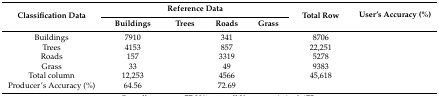
<table><thead><tr><td rowspan="2"><b>Classification Data</b></td><td colspan="4"><b>Reference Data</b></td><td rowspan="2"><b>Total Row</b></td><td rowspan="2"><b>User’s Accuracy (%)</b></td></tr><tr><td><b>Buildings</b></td><td><b>Trees</b></td><td><b>Roads</b></td><td><b>Grass</b></td></tr></thead><tbody><tr><td>Buildings</td><td>7910</td><td>[EMPTY_CELL]</td><td>341</td><td>[EMPTY_CELL]</td><td>8706</td><td>[EMPTY_CELL]</td></tr><tr><td>Trees</td><td>4153</td><td>[EMPTY_CELL]</td><td>857</td><td>[EMPTY_CELL]</td><td>22,251</td><td>[EMPTY_CELL]</td></tr><tr><td>Roads</td><td>157</td><td>[EMPTY_CELL]</td><td>3319</td><td>[EMPTY_CELL]</td><td>5278</td><td>[EMPTY_CELL]</td></tr><tr><td>Grass</td><td>33</td><td>[EMPTY_CELL]</td><td>49</td><td>[EMPTY_CELL]</td><td>9383</td><td>[EMPTY_CELL]</td></tr><tr><td>Total column</td><td>12,253</td><td>[EMPTY_CELL]</td><td>4566</td><td>[EMPTY_CELL]</td><td>45,618</td><td>[EMPTY_CELL]</td></tr><tr><td>Producer’s Accuracy (%)</td><td>64.56</td><td>[EMPTY_CELL]</td><td>72.69</td><td>[EMPTY_CELL]</td><td>[EMPTY_CELL]</td><td>[EMPTY_CELL]</td></tr></tbody></table>